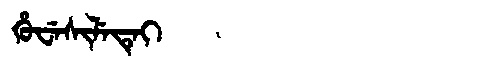
Manchu: ᡥᡠᠸᡝᠰᡳᠯᡝᡨᡝᡳ
Romanization: HUWESILETEI